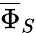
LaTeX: \overline{{\Phi}}_{S}